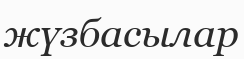
жүзбасылар